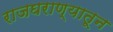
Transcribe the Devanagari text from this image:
राजघराण्यातून